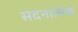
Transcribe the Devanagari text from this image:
सदनात्मक